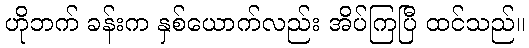
ဟိုဘက် ခန်းက နှစ်ယောက်လည်း အိပ်ကြပြီ ထင်သည်။